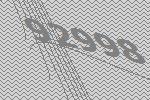
92998